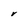
Character: r